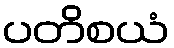
ပတိစယံ